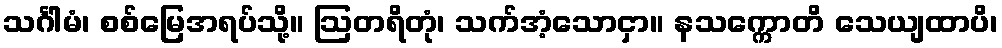
သင်္ဂါမံ၊ စစ်မြေအရပ်သို့။ ဩတရိတုံ၊ သက်အံ့သောငှာ။ နသက္ကောတိ သေယျထာပိ၊